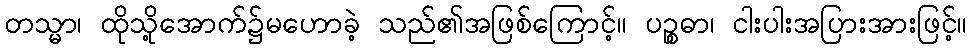
တသ္မာ၊ ထိုသို့အောက်၌မဟောခဲ့ သည်၏အဖြစ်ကြောင့်။ ပဉ္စဓာ၊ ငါးပါးအပြားအားဖြင့်။